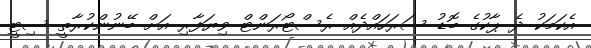
އެކަމަކު ދެ ޕާކުގެ ބޮޑު ސަރަހައްދެއް ރެސްޓޯރަންޓް ވިޔަފާރި އަށް ބޭނުންކުރާތީ ސިޓީ